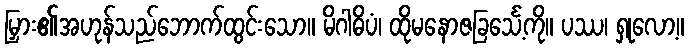
မြှား၏အဟုန်သည်ဘောက်ထွင်းသော။ မိဂါဓိပံ၊ ထိုမနောဇခြင်္သေ့ကို။ ပဿ၊ ရှုလော့။